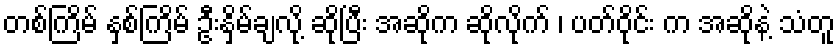
တစ်ကြိမ် နှစ်ကြိမ် ဦးနှိမ်ချလို့ ဆိုပြီး အဆိုက ဆိုလိုက် ၊ ပတ်ဝိုင်း က အဆိုနဲ့ သံတူ